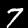
Digit: 7